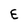
Character: E